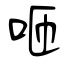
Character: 咂